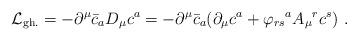
LaTeX: \begin{align*}{\cal{L}}_{{\rm gh.}} = -{\partial}^{\mu} {\bar{c}}_{a} D_{\mu} {c^{a}}= -{\partial}^{\mu} {\bar{c}}_{a} ({\partial}_{\mu} c^{a} + {\varphi_{rs}}^{a} {A_{\mu}}^{r}{c^{s}})~.\end{align*}